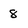
Character: 8